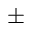
\pm